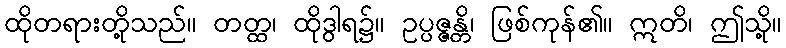
ထိုတရားတို့သည်။ တတ္ထ၊ ထိုဒွါရ၌။ ဥပ္ပဇ္ဇန္တိ၊ ဖြစ်ကုန်၏။ ဣတိ၊ ဤသို့။